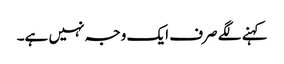
کہنے لگے صرف ایک وجہ نہیں ہے۔